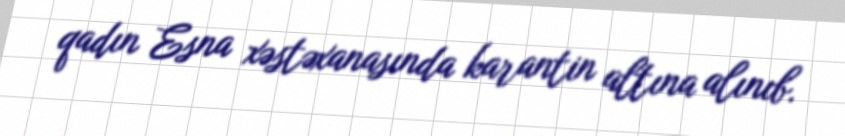
qadın Esna xəstəxanasında karantin altına alınıb.